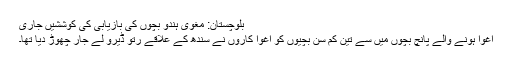
بلوچستان: مغوی ہندو بچوں کی بازیابی کی کوششیں جاری
اغوا ہونے والے پانچ بچوں میں سے تین کم سن بچیوں کو اغوا کاروں نے سندھ کے علاقے رتو ڈیرو لے جار چھوڑ دیا تھا۔